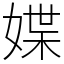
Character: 媟